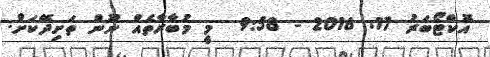
އޮކްޓޯބަރު 17